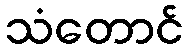
သံတောင်